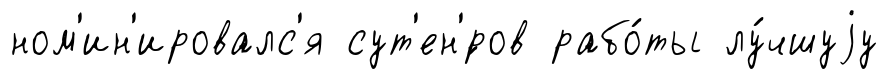
ном'ин'ировалс'я сут'ен'́ров рабо́ты лу́чшуjу